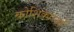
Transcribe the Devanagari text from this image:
कोशिकारओं